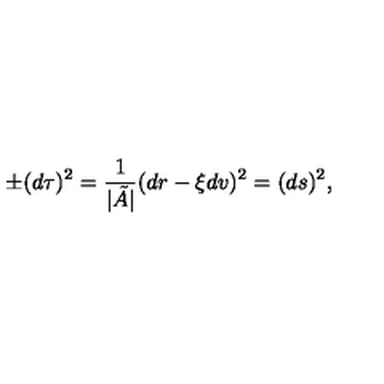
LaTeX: \pm ( d \tau ) ^ { 2 } = \frac { 1 } { \vert \tilde { A } \vert } ( d r - \xi d v ) ^ { 2 } = ( d s ) ^ { 2 } ,